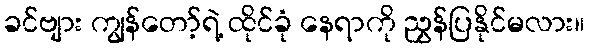
ခင်ဗျား ကျွန်တော့်ရဲ့ ထိုင်ခုံ နေရာကို ညွှန်ပြနိုင်မလား။